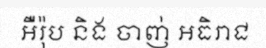
អឺរ៉ុប និង ចាញ់ អធិរាជ